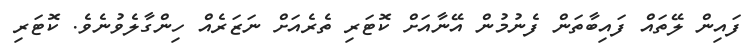
ފައިން ލޭތައް ފައިބާތަން ފެނުމުން އޭނާއަށް ކޮޓަރި ތެރެއަށް ނަޒަރެއް ހިންގާލެވުނެވެ. ކޮޓަރި